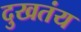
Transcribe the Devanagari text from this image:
दुखतंय